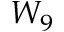
W _ { 9 }